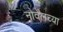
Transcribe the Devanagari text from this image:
नोवेलच्या